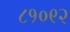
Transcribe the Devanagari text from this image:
८१०९२